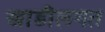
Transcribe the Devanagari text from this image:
खाडीलगत